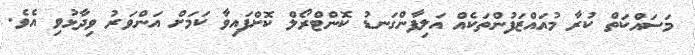
މަސައްކަތް ކުރާ މުއައްޒަފުންތަކެއް އަލިފާންގަނޑު ކޮންޓްރޯލް ކޮށްފައިވާ ކަމަށް އަންވަރު ވިދާޅުވި އެވެ.